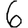
Digit: 6